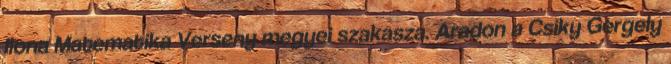
Ilona Matematika Verseny megyei szakasza. Aradon a Csiky Gergely